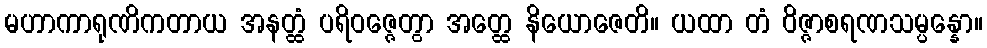
မဟာကာရုဏိကတာယ အနတ္ထံ ပရိဝဇ္ဇေတွာ အတ္ထေ နိယောဇေတိ။ ယထာ တံ ဝိဇ္ဇာစရဏသမ္ပန္နော။